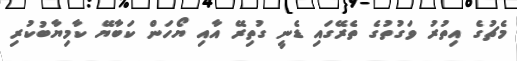
މެޗުގެ އިތުރު ވަގުތުގެ ތެރޭގައި ޑެނީ ގުތިރޭ އާއި ޔޯހަން ކަބާޔޭ ކާމިޔާބުކުރި